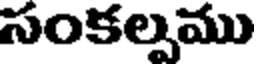
సంకల్పము